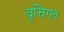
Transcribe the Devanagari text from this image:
वृत्तिगत